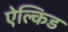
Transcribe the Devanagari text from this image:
ऐल्किड